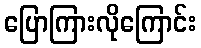
ပြောကြားလိုကြောင်း